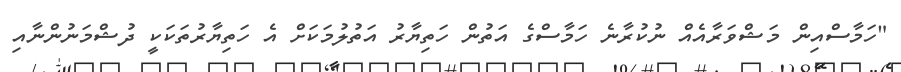
"ހަމާސްއިން މަޝްވަރާއެއް ނުކުރާނެ ހަމާސްގެ އަތުން ހަތިޔާރު އަތުލުމަކަށް އެ ހަތިޔާރުތަކަކީ ދުޝްމަނުންނާއި